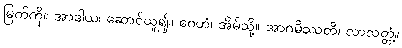
မြက်ကို။ အာဒါယ၊ ဆောင်ယူ၍။ ဂေဟံ၊ အိမ်သို့။ အာဂမိဿတိ၊ လာလတ္တံ့။